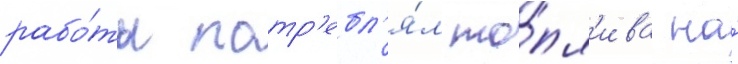
рабо́ты потр'ебл'я́л то́пл'ива на́